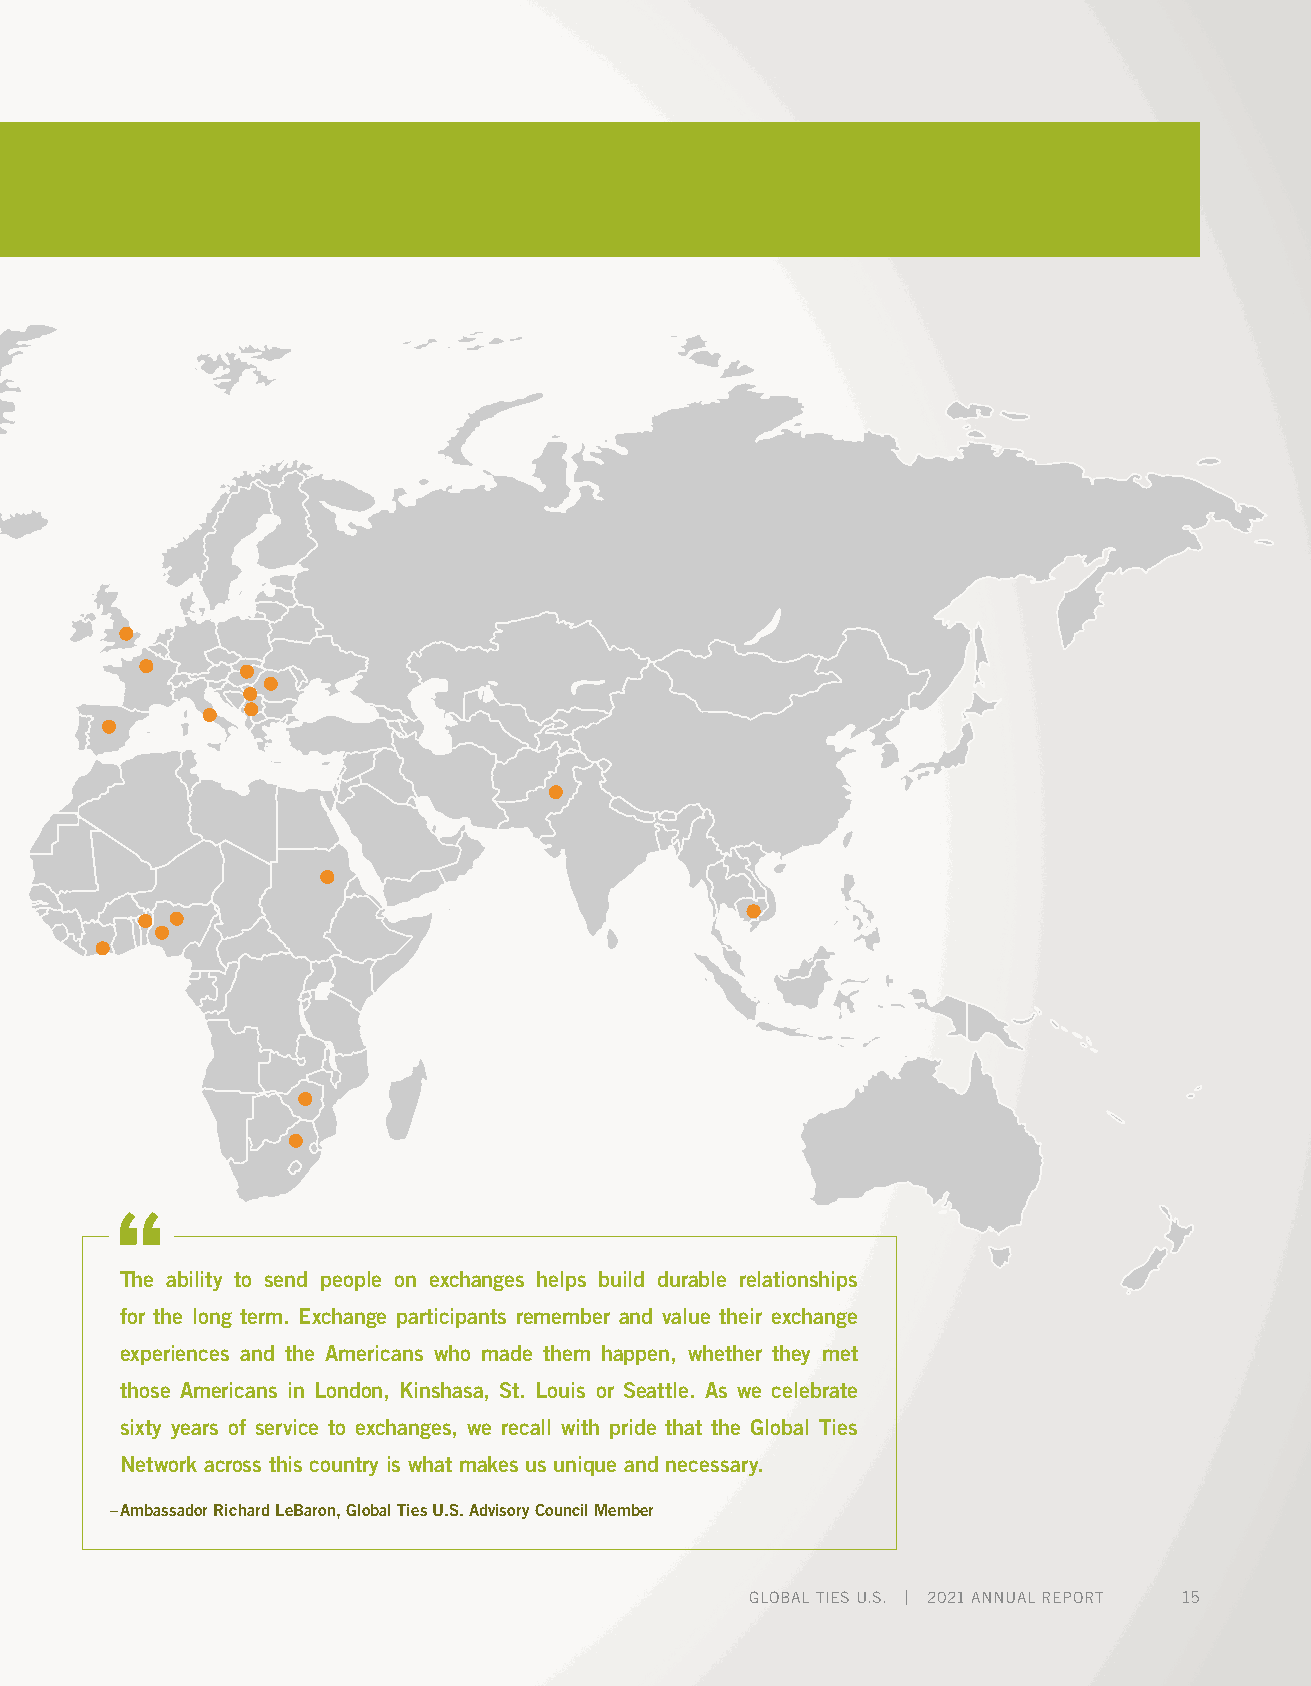
Our Network: International Members & Affiliates
 The ability to send people on exchanges helps build durable relationships
 for the long term. Exchange participants remember and value their exchange
 experiences and the Americans who made them happen, whether they met
 those Americans in London, Kinshasa, St. Louis or Seattle. As we celebrate
 sixty years of service to exchanges, we recall with pride that the Global Ties
 Network across this country is what makes us unique and necessary.
 – Ambassador Richard LeBaron, Global Ties U.S. Advisory Council Member
 GLOBAL TIES U.S. | 2021 ANNUAL REPORT 15